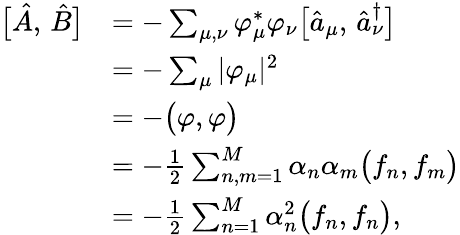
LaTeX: \begin{array}{rl}{\bigl[\hat{A},\, \hat{B}\bigr]}&{=-\sum_{\mu,\nu}\varphi_{\mu}^{*}\varphi_{\nu}\bigl[\hat{a}_{\mu},\, \hat{a}_{\nu}^{\dagger}\bigr]}\\ &{=-\sum_{\mu}|\varphi_{\mu}|^{2}}\\ &{=-\bigl(\varphi,\varphi\bigr)}\\ &{=-\frac{1}{2}\sum_{n,m=1}^{M}\alpha_{n}\alpha_{m}\bigl(f_{n},f_{m}\bigr)}\\ &{=-\frac{1}{2}\sum_{n=1}^{M}\alpha_{n}^{2}\bigl(f_{n},f_{n}\bigr),}\end{array}